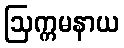
ဩက္ကမနာယ